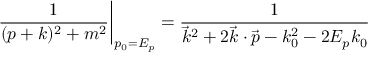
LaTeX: \left. { \frac { 1 } { ( p + k ) ^ { 2 } + m ^ { 2 } } } \right| _ { p _ { 0 } = E _ { p } } = { \frac { 1 } { \vec { k } ^ { 2 } + 2 \vec { k } \cdot \vec { p } - k _ { 0 } ^ { 2 } - 2 E _ { p } k _ { 0 } } }